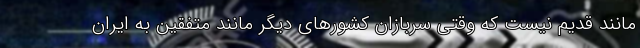
مانند قدیم نیست که وقتی سربازان کشورهای دیگر مانند متفقین به ایران